Indian journal of veterinary science and animal husbandry - Volumes 18-21, 1948-1951
Year: 1948
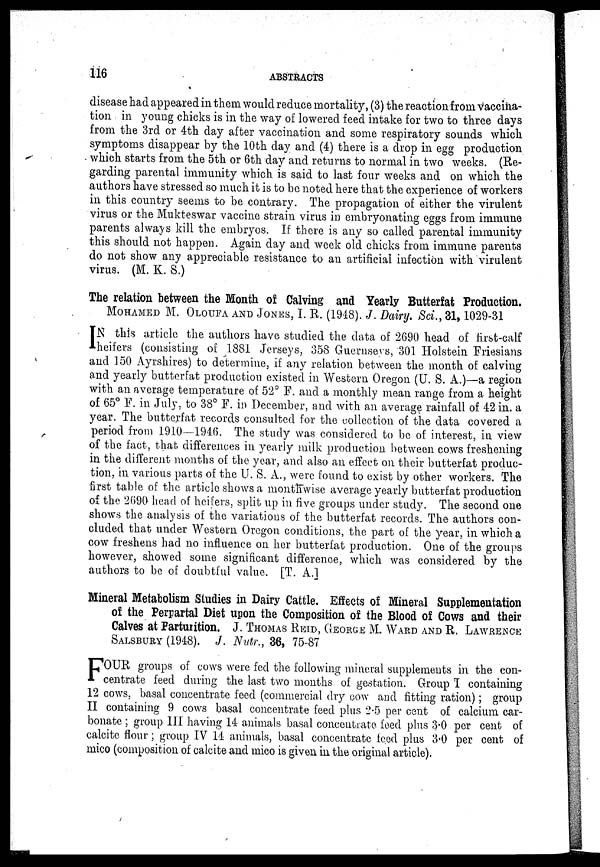
116
ABSTRACTS
disease had appeared in them would reduce mortality, (3) the reaction from vaccina-
tion in young chicks is in the way of lowered feed intake for two to three days
from the 3rd or 4th day after vaccination and some respiratory sounds which
symptoms disappear by the 10th day and (4) there is a drop in egg production
which starts from the 5th or 6th day and returns to normal in two weeks. (Re-
garding parental immunity which is said to last four weeks and on which the
authors have stressed so much it is to be noted here that the experience of workers
in this country seems to be contrary. The propagation of either the virulent
virus or the Mukteswar vaccine strain virus in embryonating eggs from immune
parents always kill the embryos. If there is any so called parental immunity
this should not happen. Again day and week old chicks from immune parents
do not show any appreciable resistance to an artificial infection with virulent
virus. (M. K. S.)
The relation between the Month of Calving and Yearly Butterfat Production.
MOHAMED M. OLOITFA AND JONES,I. R. (1948). J. Dairy. Sci., 31, 1029-31
I N this article the authors have studied the data of 2690 head of first-calf
heifers (consisting of 1881 Jerseys, 358 Guernseys, 301 Holstein Friesians
and 150 Ayrshires) to determine, if any relation between the month of calving
and yearly butterfat production existed in Western Oregon (U. S. A.)—a region
with an average temperature of 52° F. and a monthly mean range from a height
of 65° F. in July, to 38° F. in December, and with an average rainfall of 42 in. a
year. The butterfat records consulted for the collection of the data covered a
period from 1910—1946. The study was considered to be of interest, in view
of the fact, that differences in yearly milk production between cows freshening
in the different months of the year, and also an effect on their butterfat produc-
tion, in various parts of the U. S. A., were found to exist by other workers. The
first table of the article Shows a month wise average yearly butterfat production
of the 2690 head of heifers, split up in five groups under study. The second one
shows the analysis of the variations of the butterfat records. The authors con-
cluded that under Western Oregon conditions, the part of the year, in which a
cow freshens had no influence on her butterfat production. One of the groups
however, showed some significant difference, which was considered by the
authors to be of doubtful value. [T. A.]
Mineral Metabolism Studies in Dairy Cattle. Effects of Mineral Supplementation
of the Perpartal Diet upon the Composition of the Blood of Cows and their
Calves at Parturition. J. THOMAS REID, GEORGE M. WARD AND R. LAWRENCE
SALSBURY (1948). J. Nutr., 36, 75-87
F OUR groups of cows were fed the following mineral supplements in the con-
centrate feed during the last two months of gestation. Group I containing
12 cows, basal concentrate feed (commercial dry cow and fitting ration); group
II containing 9 cows basal concentrate feed plus 2.5 per cent of calcium car-
bonate ; group III having 14 animals basal concentrate feed plus 3.0 per cent of
calcite flour; group IV 14 animals, basal concentrate feed plus 3.0 per cent of
mico (composition of calcite and mico is given in the original article).